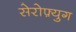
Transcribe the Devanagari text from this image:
सेरोफ़्युग